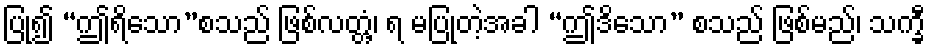
ပြု၍ “ဤရိသော”စသည် ဖြစ်လတ္တံ့၊ ရ မပြုတဲ့အခါ “ဤဒိသော” စသည် ဖြစ်မည်၊ သက္ခီ